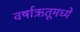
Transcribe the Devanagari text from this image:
वर्षाऋतूमध्ये